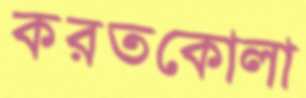
করতকোলা